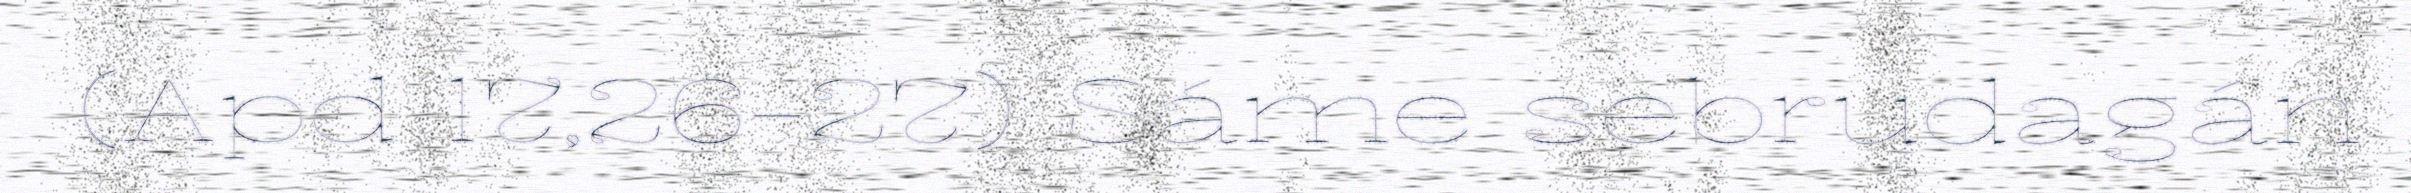
(Apd 17,26-27) Sáme sebrudagán